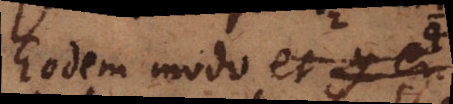
Eodem modo et y eu